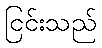
ငြင်းသည်